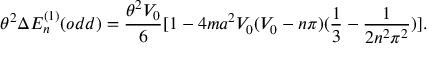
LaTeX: \theta ^ { 2 } \Delta E _ { n } ^ { ( 1 ) } ( o d d ) = \frac { \theta ^ { 2 } V _ { 0 } } { 6 } [ 1 - 4 m a ^ { 2 } V _ { 0 } ( V _ { 0 } - n \pi ) ( \frac { 1 } { 3 } - \frac { 1 } { 2 n ^ { 2 } \pi ^ { 2 } } ) ] .